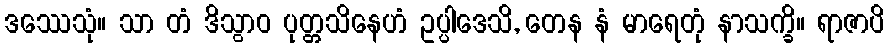
ဒဿေသုံ။ သာ တံ ဒိသွာဝ ပုတ္တသိနေဟံ ဥပ္ပါဒေသိ, တေန နံ မာရေတုံ နာသက္ခိ။ ရာဇာပိ